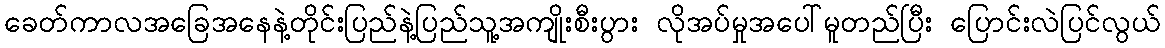
ခေတ်ကာလအခြေအနေနဲ့တိုင်းပြည်နဲ့ပြည်သူ့အကျိုးစီးပွား လိုအပ်မှုအပေါ်မူတည်ပြီး ပြောင်းလဲပြင်လွယ်